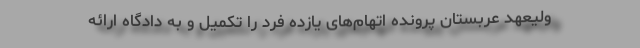
ولیعهد عربستان پرونده اتهام‌های یازده فرد را تکمیل و به دادگاه ارائه